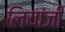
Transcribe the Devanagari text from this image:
लियांजी